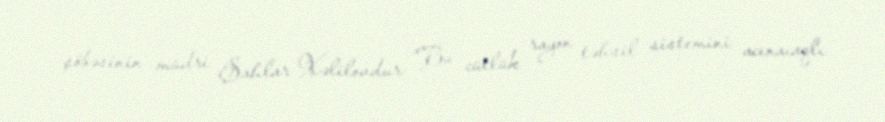
şöbəsinin müdri Şahlar Xəlilovdur: “Bu cütlük rayon təhsil sistemini acınacaqlı